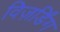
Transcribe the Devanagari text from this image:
विज़र्डिंग